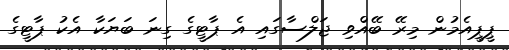
ޕީޕީއެމުން މިރޭ ބޭއްވި ޖަލްސާގައި އެ ޕާޓީގެ ގިނަ ބަޔަކާ އެކު ޕާޓީގެ